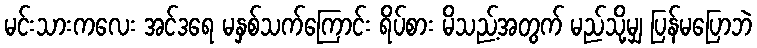
မင်းသားကလေး အင်ဒရေ မနှစ်သက်ကြောင်း ရိပ်စား မိသည့်အတွက် မည်သို့မျှ ပြန်မပြောဘဲ